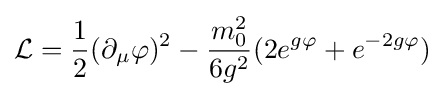
{\mathcal {L}}={\frac {1}{2}}(\partial _{\mu }\varphi )^{2}-{\frac {m_{0}^{2}}{6g^{2}}}(2e^{g\varphi }+e^{-2g\varphi })